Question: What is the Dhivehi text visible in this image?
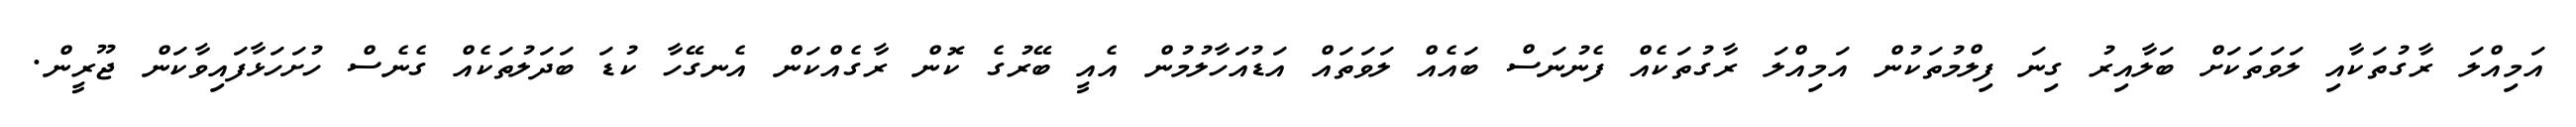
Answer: އަމިއްލަ ރާގުތަކާއި ލަވަތަކަށް ބަލާއިރު ގިނަ ފިލްމުތަކުން އަމިއްލަ ރާގުތަކެއް ފެނުނަސް ބައެއް ލަވަތައް އަޑުއަހާލުމުން އެއީ ބޭރުގެ ކޮން ރާގެއްކަން އެނގޭހާ ކުޑަ ބަދަލުތަކެއް ގެނެސް ހުށަހަޅާފައިވާކަން ޖޫރީން.